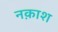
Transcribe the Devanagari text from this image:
नक़ाश